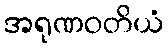
အရုဏဝတိယံ